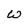
Character: W